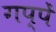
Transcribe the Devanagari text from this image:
गप्पें